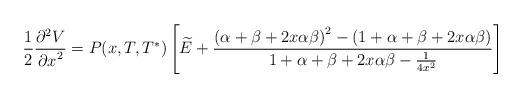
LaTeX: \begin{align*}{ {1 \over 2} {{{\partial}^2 V} \over {\partial x}^2} = P(x,T,T^*) \left[ \widetilde{E} + {{{\left( \alpha + \beta + 2 x \alpha \beta \right)}^2 - \left( 1 + \alpha + \beta + 2 x \alpha \beta \right)} \over {1 + \alpha + \beta + 2 x \alpha \beta - {1 \over {4 x^2}}}} \right] }\end{align*}